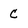
Character: C